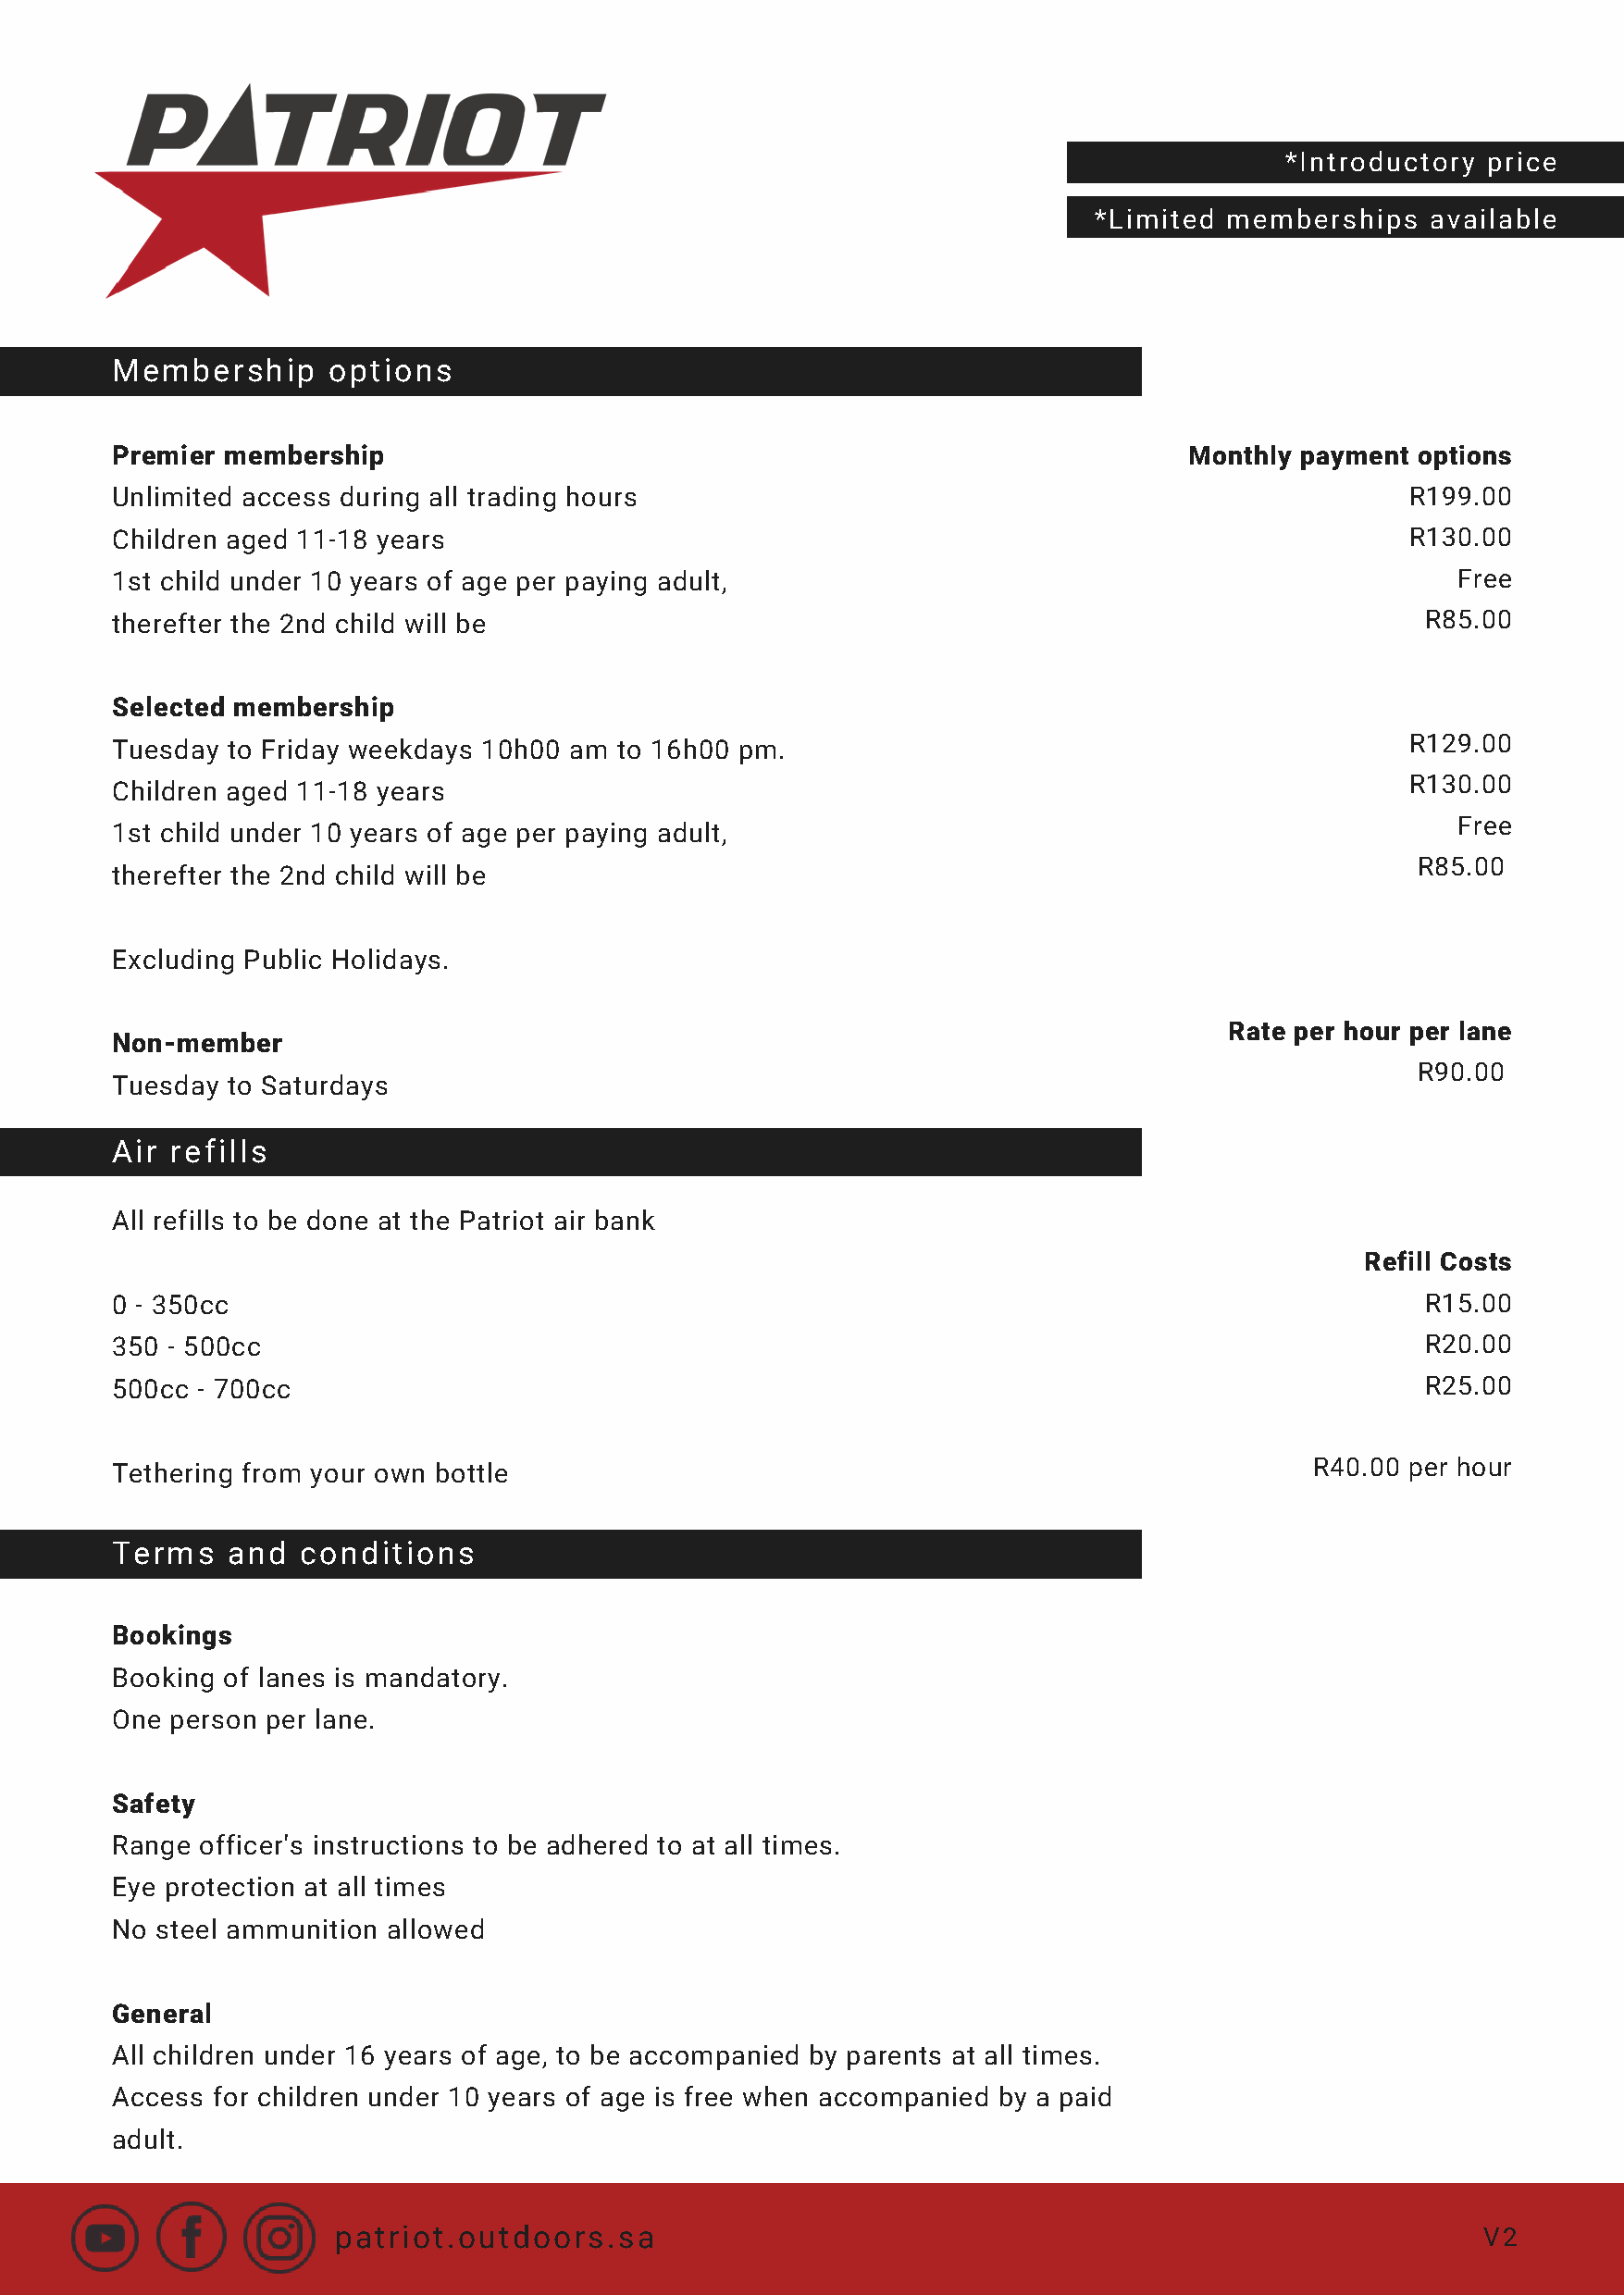
*Introductory price
 *Limited  memberships   available
 Membership      options
 Premier membership                                                           Monthly payment options
 Unlimited access during all trading hours                                                    R199.00
 Children aged 11-18 years                                                                    R130.00
 1st child under 10 years of age per paying adult,                                               Free
 therefter the 2nd child will be                                                               R85.00
 Selected membership
 R129.00
 Tuesday to Friday weekdays 10h00 am to 16h00 pm.
 R130.00
 Children aged 11-18 years
 Free
 1st child under 10 years of age per paying adult,
 R85.00
 therefter the 2nd child will be
 Excluding Public Holidays.
 Rate per hour per lane
 Non-member
 R90.00
 Tuesday to Saturdays
 Air refills
 All refills to be done at the Patriot air bank
 Refill Costs
 0 - 350cc                                                                                     R15.00
 350 - 500cc                                                                                   R20.00
 500cc - 700cc                                                                                 R25.00
 Tethering from your own bottle                                                        R40.00 per hour
 Terms   and  conditions
 Bookings
 Booking of lanes is mandatory.
 One person per lane.
 Safety
 Range officer's instructions to be adhered to at all times.
 Eye protection at all times
 No steel ammunition allowed
 General
 All children under 16 years of age, to be accompanied by parents at all times.
 Access for children under 10 years of age is free when accompanied by a paid
 adult.
 patriot.outdoors.sa                                                               V2